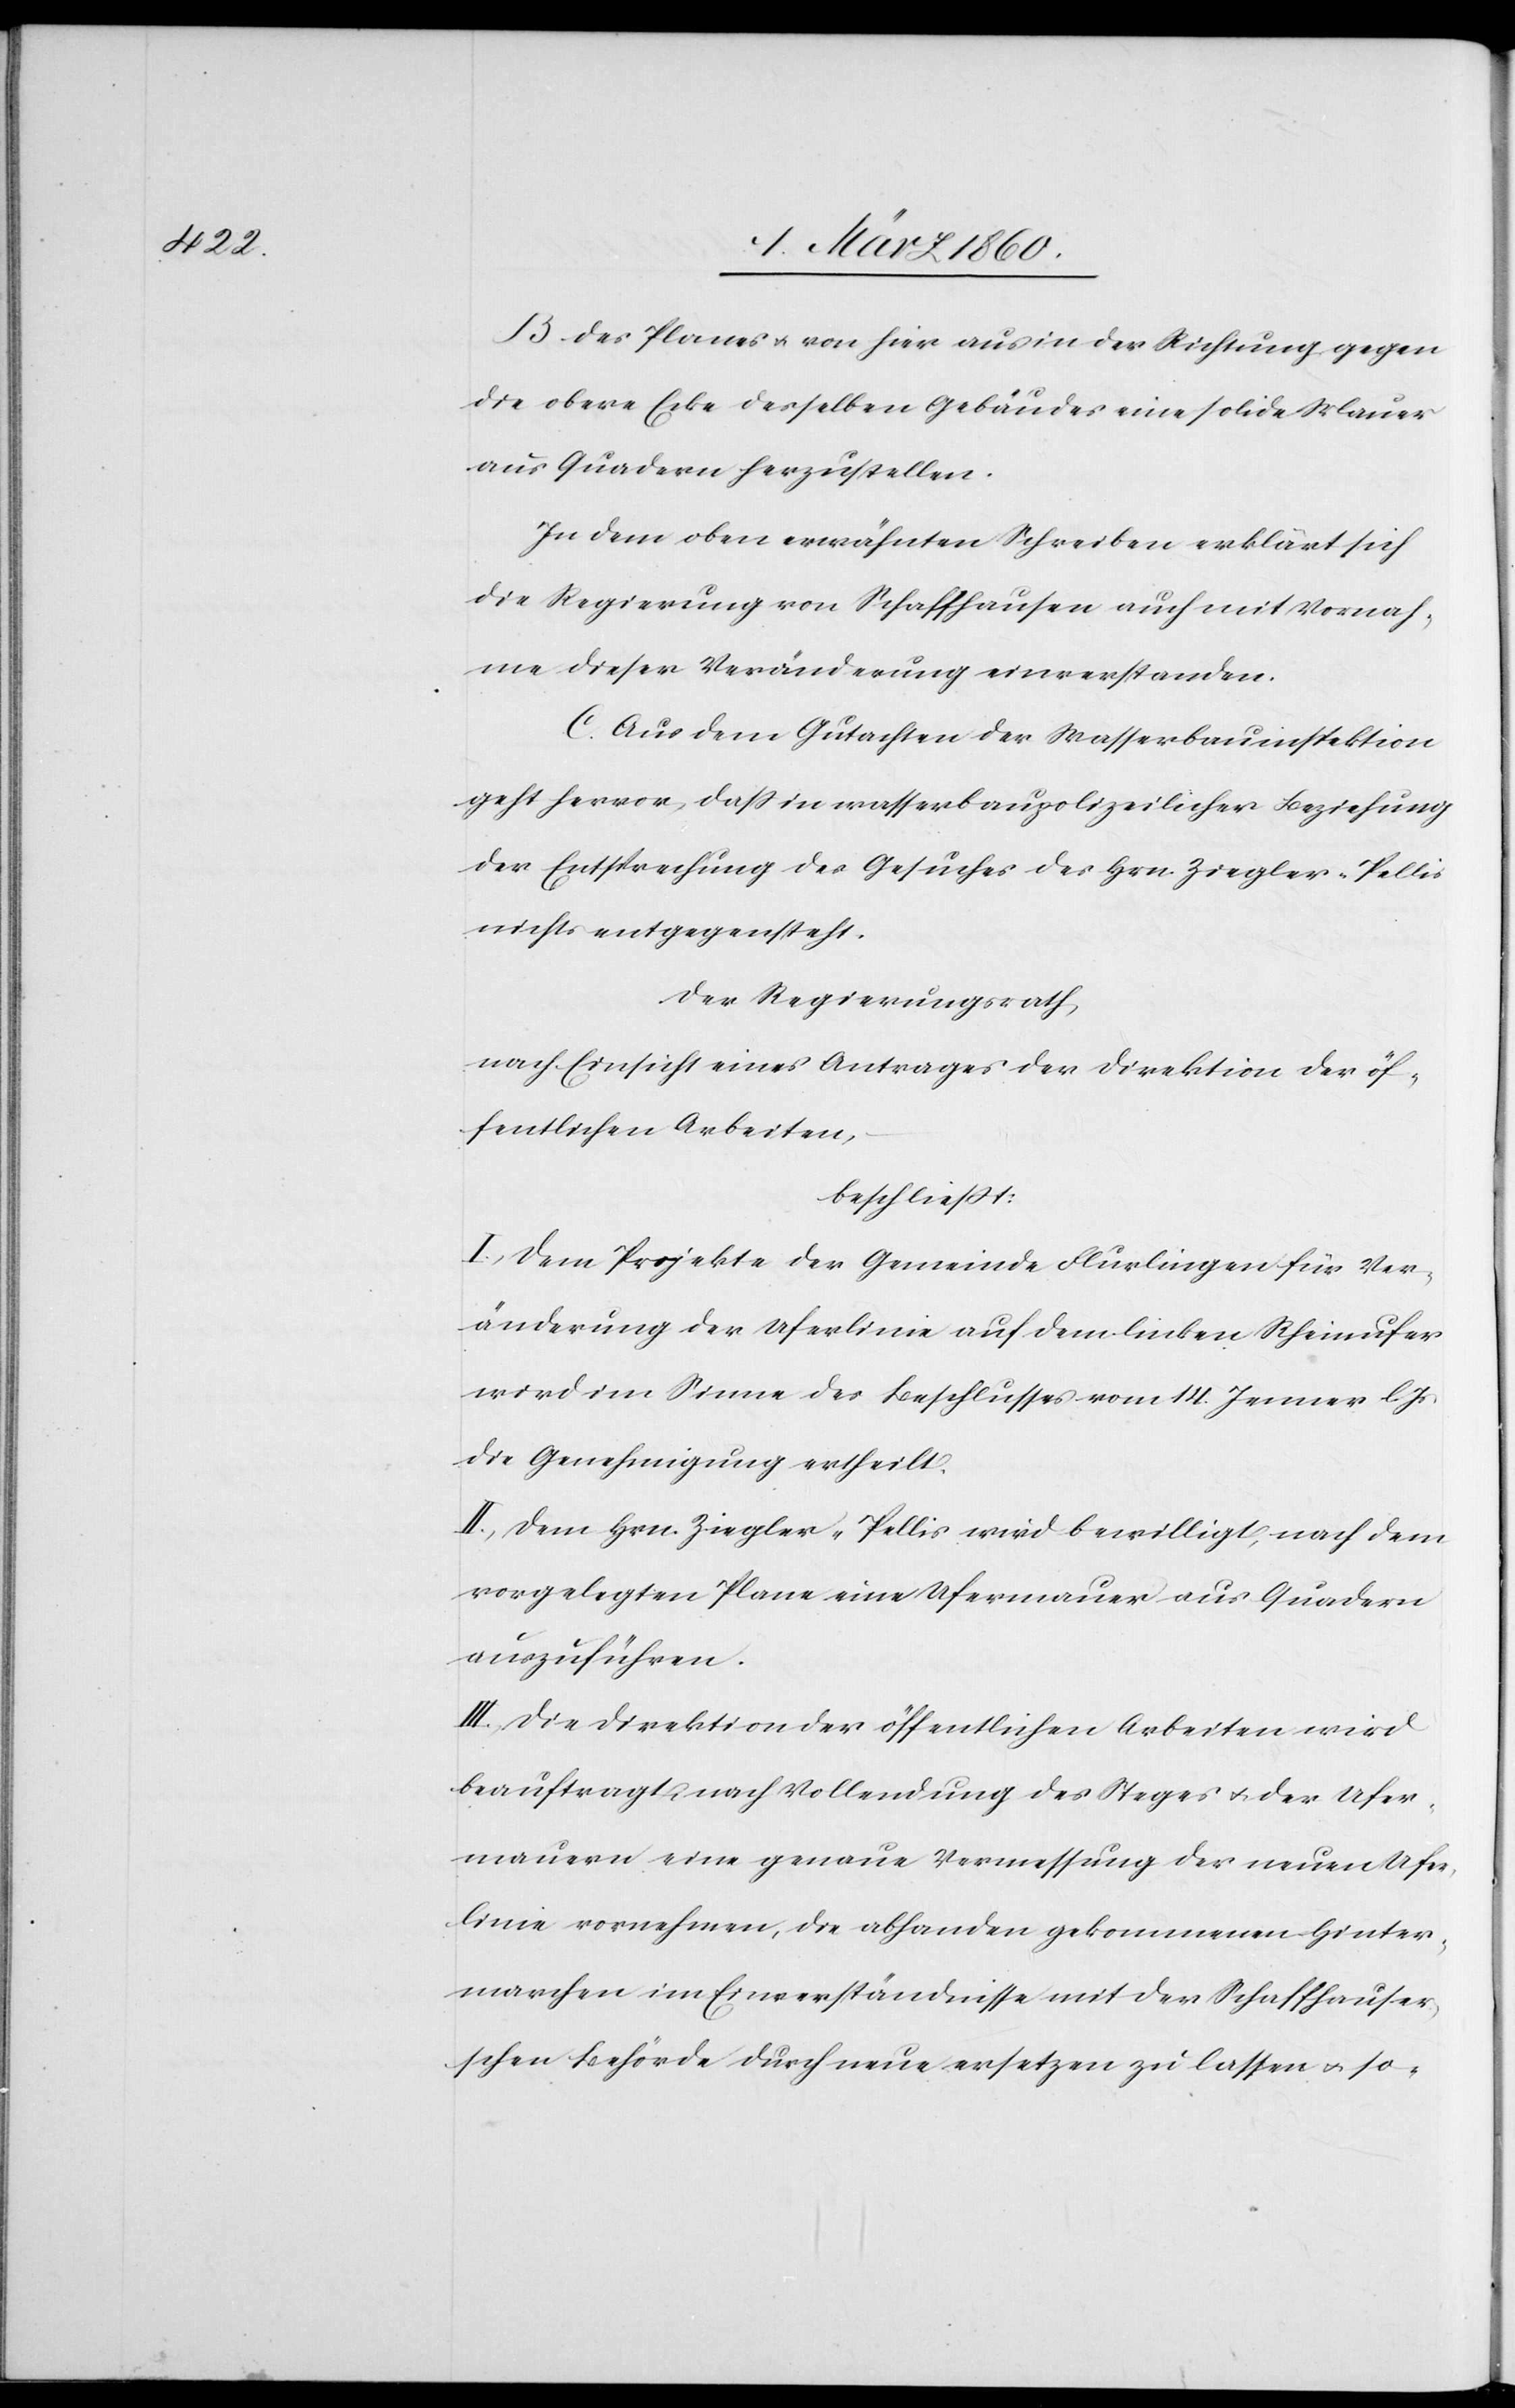
B. des Planes u. von hier aus in der Richtung gegen
die obere Ecke desselben Gebäudes eine solide Mauer
aus Quadern herzustellen.
In dem oben erwähnten Schreiben erklärt sich
die Regierung von Schaffhausen auch mit Vornah¬
me dieser Veränderung einverstanden.
C. Aus dem Gutachten der Wasserbauinspektion
geht hervor, dass in wasserbaupolizeilicher Beziehung
der Entsprechung des Gesuches des Hrn. Ziegler-Pellis
nichts entgegensteht.
Der Regierungsrath,
nach Einsicht eines Antrages der Direktion der öf¬
fentlichen Arbeiten,
beschliesst:
I. Dem Projekte der Gemeinde Flurlingen für Ver¬
änderung der Uferlinie auf dem linken Rheinufer
wird im Sinne des Beschlusses vom 14. Jenner l.
die Genehmigung ertheilt.
II. Dem Hrn. Ziegler-Pellis wird bewilligt, nach dem
vorgelegten Plane eine Ufermauer aus Quadern
auszuführen.
III. Die Direktion der öffentlichen Arbeiten wird
beauftragt nach Vollendung des Steges u. der Ufer¬
mauern eine genaue Vermessung der neuen Ufer¬
linie vornehmen, die abhanden gekommenen Hinter¬
marchen im Einverständnisse mit der Schaffhauser¬
schen Behörde durch neue ersetzen zu lassen u. so-